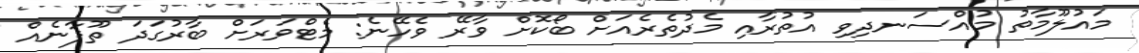
މައުލޫމާތު މުއްސަނދިވި އުތުރާއި މެދުތެރެއަށް ބޯކޮށް ވާރޭ ވެހޭނެ: މެޓްވަރަށް ބާރުގަދަ ތޫފާނެއް